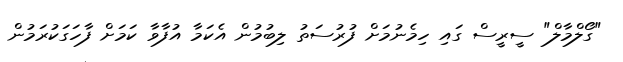
"ގޯލްމާލް" ސީރީސް ގައި ހިމެނުމަށް ފުރުސަތު ލިބުމުން އެކަމާ އުފާވާ ކަމަށް ފާހަގަކުރަމުން